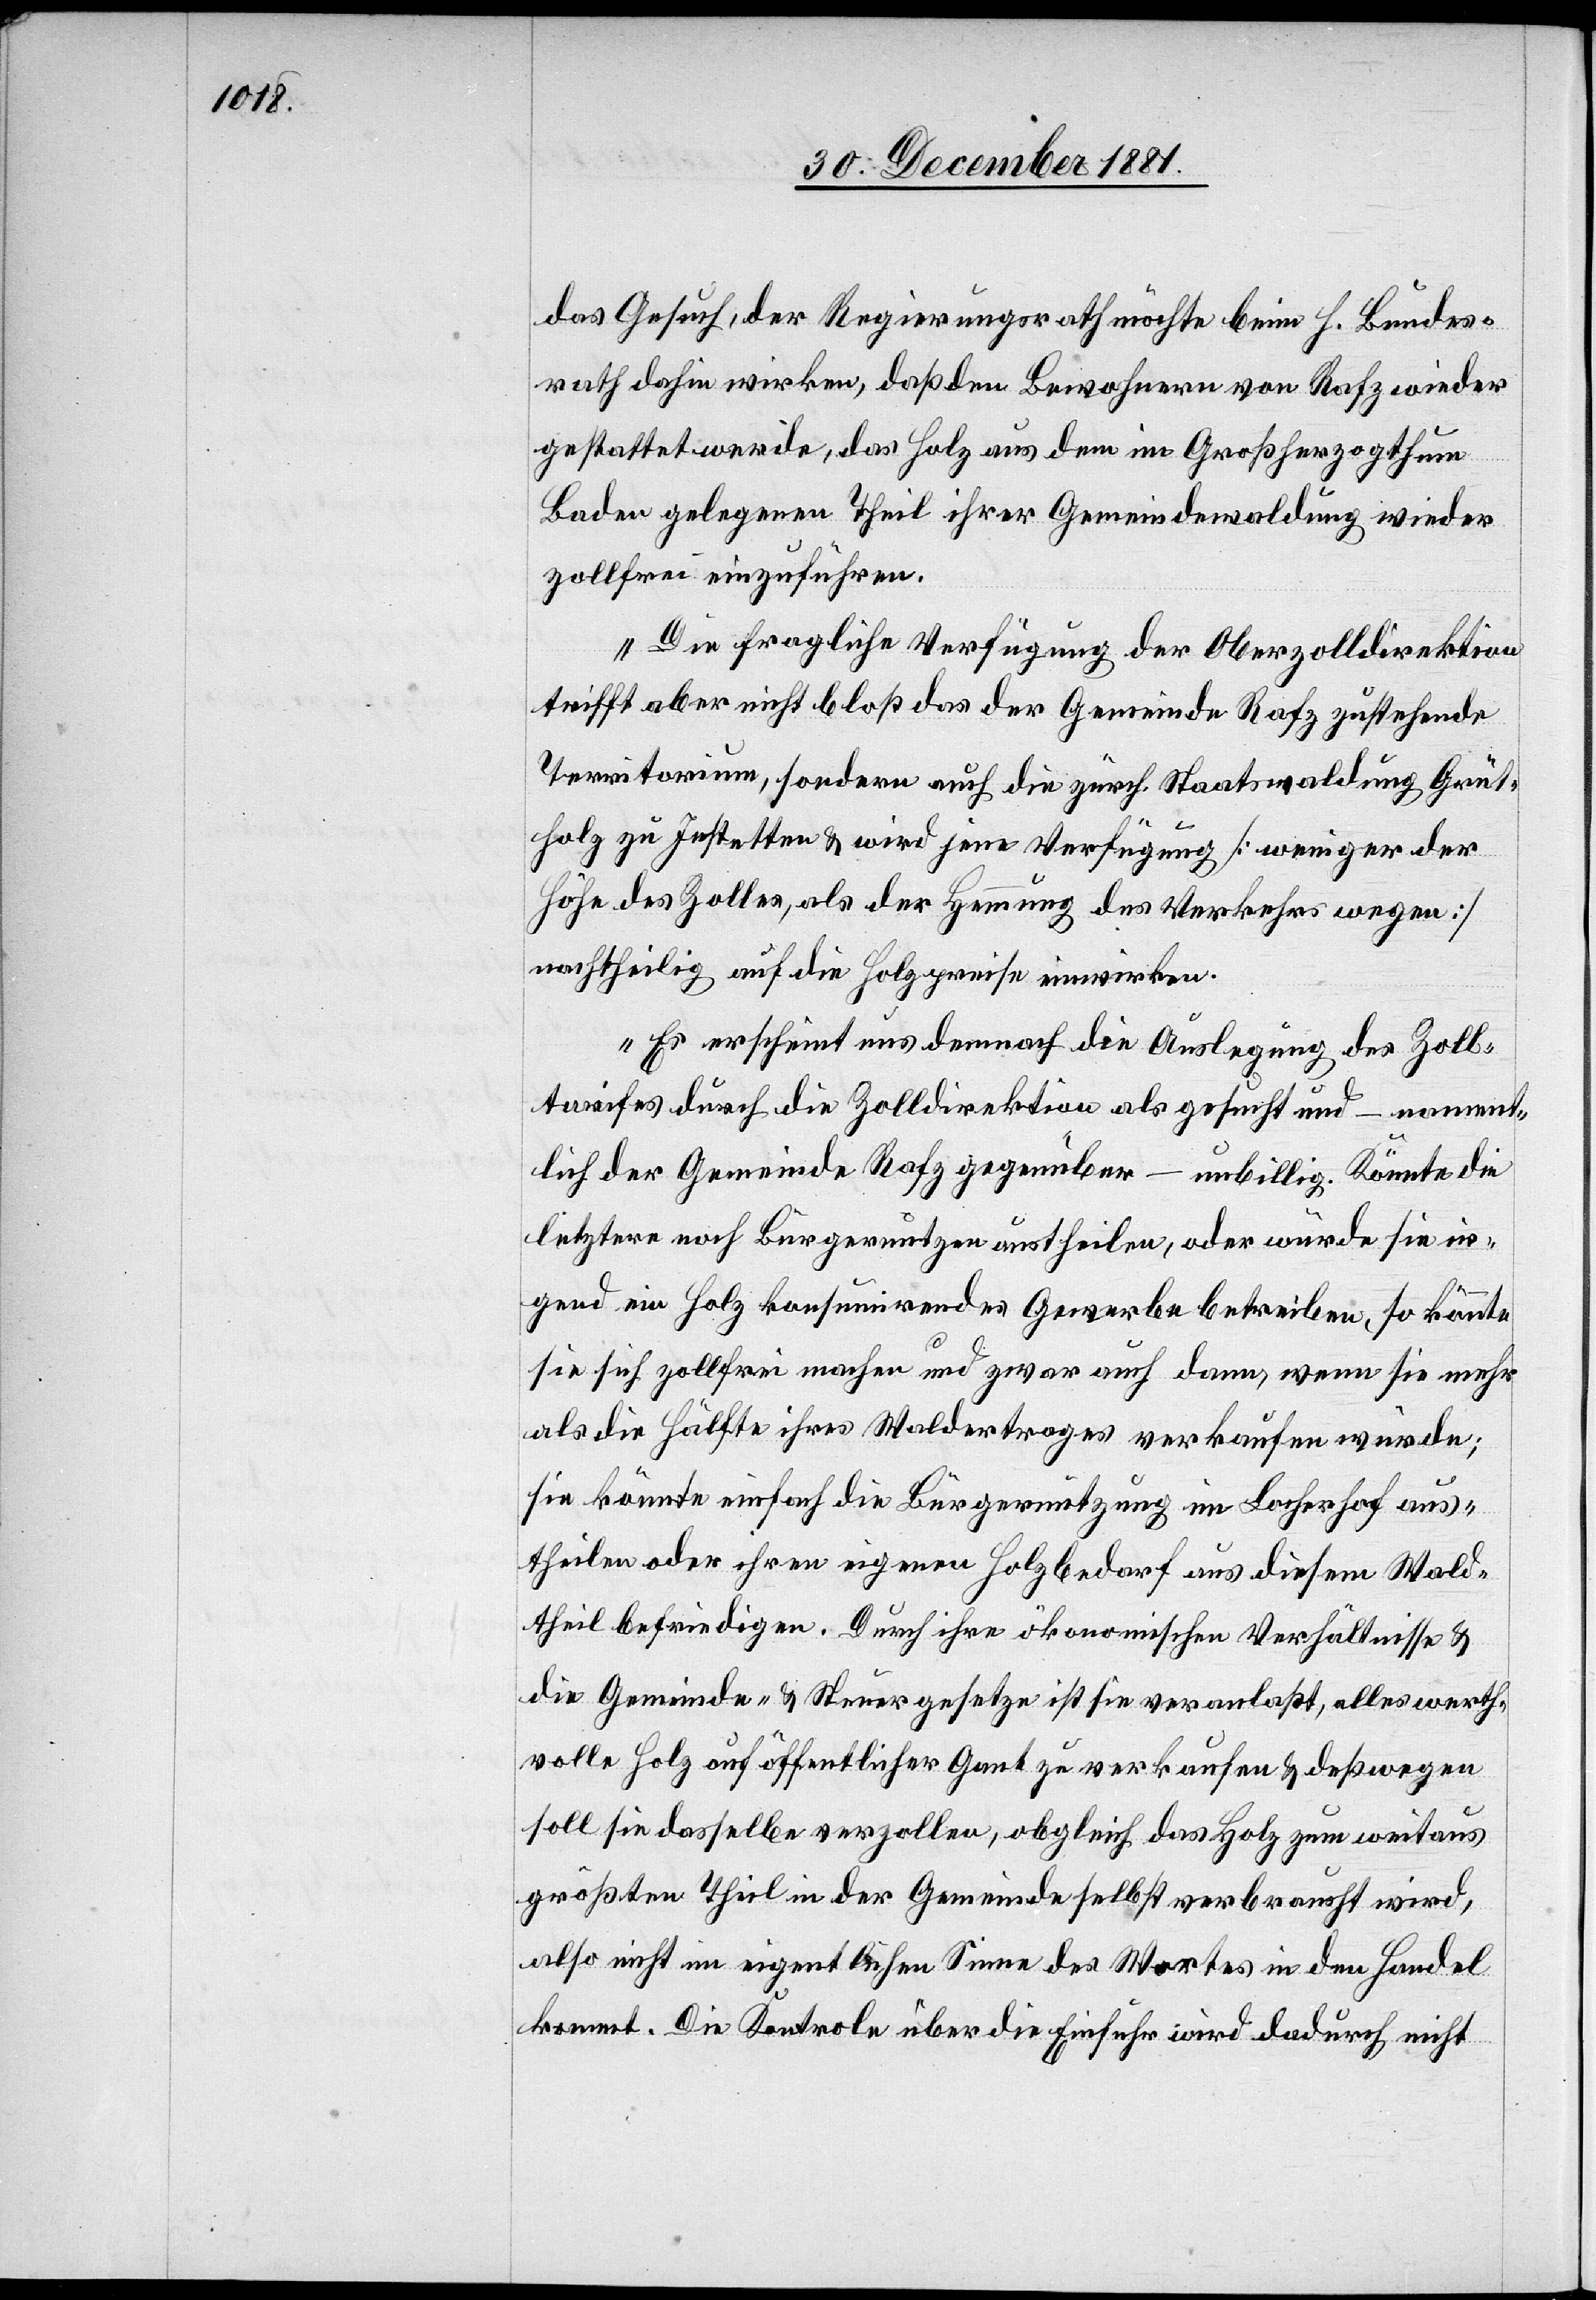
das Gesuch, der Regierungsrath möchte beim h. Bundes¬
rath dahin wirken, daß den Bewohnern von Rafz wieder
gestattet werde, das Holz aus dem im Großherzogthum
Baden gelegenen Theil ihrer Gemeindewaldung wieder
zollfrei einzuführen.
Die fragliche Verfügung der Oberzolldirektion
trifft aber nicht bloß das der Gemeinde Rafz zustehende
Territorium, sondern auch die zürch. Staatswaldung Grüt¬
holz zu Jestetten & wird jene Verfügung [weniger der
Höhe des Zolles, als der Hemmung des Verkehrs wegen]
nachtheilig auf die Holzpreise einwirken.
Es erscheint uns demnach die Auslegung des Zoll¬
tarifes durch die Zolldirektion als gesucht und – nament¬
lich der Gemeinde Rafz gegenüber – unbillig. Könnte die
letztere noch Bürgernutzen austheilen, oder würde sie ir¬
gend ein Holzkonsumirendes Gewerbe betreiben, so könnte
sie sich zollfrei machen und zwar auch dann, wenn sie mehr
als die Hälfte ihres Waldertrages verkaufen würde;
sie könnte einfach die Bürgernutzung im Locherhof aus¬
theilen oder ihren eigenen Holzbedarf aus diesem Wald¬
theil befriedigen. Durch ihre ökonomischen Verhältnisse &
die Gemeinde- & Steuergesetze ist sie veranlaßt, alles werth¬
volle Holz auf öffentlicher Gant zu verkaufen & deßwegen
soll sie dasselbe verzollen, obgleich das Holz zum weitaus
größten Theil in der Gemeinde selbst verbraucht wird,
also nicht im eigentlichen Sinne des Wortes in den Handel
kommt. Die Kontrole über die Einfuhr wird dadurch nicht